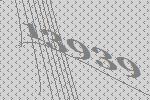
13939